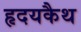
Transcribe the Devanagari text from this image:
हृदयकैथ